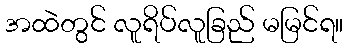
အထဲတွင် လူရိပ်လူခြည် မမြင်ရ။